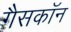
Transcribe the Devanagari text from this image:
गैसकॉन